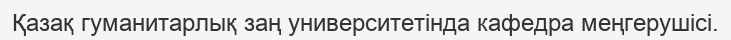
Қазақ гуманитарлық заң университетінда кафедра меңгерушісі.